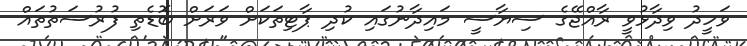
ވަހީދު ވިދާޅުވީ ރާއްޖޭގެ ސިޔާސީ މައިދާނުގައި ކުދި ޕާޓިތަކަށް ވަރަށް ބޮޑެތި ފުރުސަތުތައް